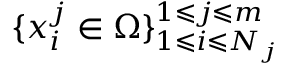
\{ x _ { i } ^ { j } \in \Omega \} _ { 1 \leqslant i \leqslant N _ { j } } ^ { 1 \leqslant j \leqslant m }